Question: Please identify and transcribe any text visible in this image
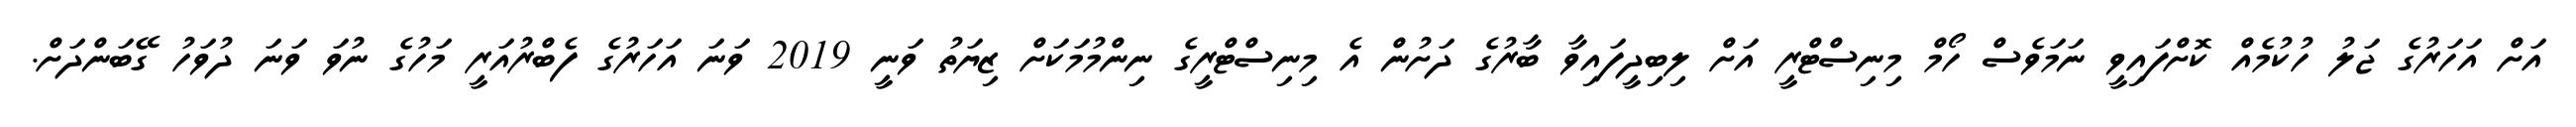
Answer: އަށް އަހަރުގެ ޖަލު ހުކުމެއް ކޮށްފައިވީ ނަމަވެސް ހޯމް މިނިސްޓްރީ އަށް ލިބިދީފައިވާ ބާރުގެ ދަށުން އެ މިނިސްޓްރީގެ ނިންމުމަކަށް ޒިޔަތު ވަނީ 2019 ވަނަ އަހަރުގެ ފެބްރުއަރީ މަހުގެ ނުވަ ވަނަ ދުވަހު ގޭބަންދަށް.